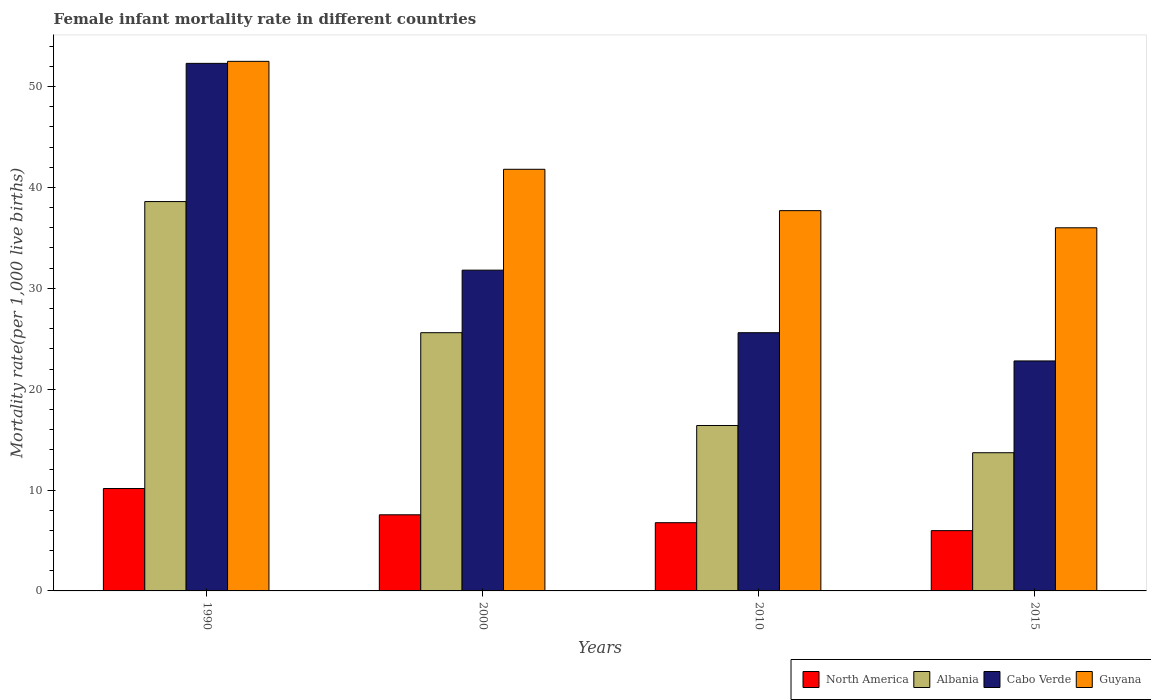
| Years | North America | Albania | Cabo Verde | Guyana |
 | --- | --- | --- | --- | --- |
 | 1990 | 10.2 | 38.6 | 52.3 | 52.5 |
 | 2000 | 7.55 | 25.6 | 31.8 | 41.8 |
 | 2010 | 6.76 | 16.4 | 25.6 | 37.7 |
 | 2015 | 5.98 | 13.7 | 22.8 | 36 |